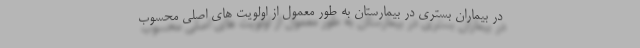
در بیماران بستری در بیمارستان به طور معمول از اولویت های اصلی محسوب